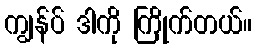
ကျွန်ပ် ဒါကို ကြိုက်တယ်။